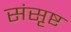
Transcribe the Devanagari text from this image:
संसृष्ट